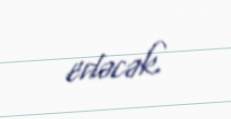
edəcək.